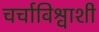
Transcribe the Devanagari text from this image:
चर्चाविश्वाशी